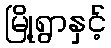
မြို့ရွာနှင့်